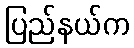
ပြည်နယ်က